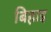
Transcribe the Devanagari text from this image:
बिहाइ